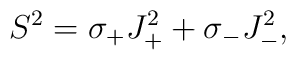
S^2 = \sigma_+ J_+^2 + \sigma_- J_-^2,